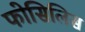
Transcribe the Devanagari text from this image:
फोसिलिस